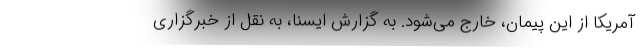
آمریکا از این پیمان، خارج می‌شود. به گزارش ایسنا، به نقل از خبرگزاری